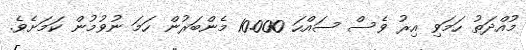
މުއްދަތު ހަމަވި އިރު ވެސް ސައްހަ 10.000 މެންބަރުން ހަމަ ނުވުމުން ކަމަށެވެ.